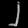
Digit: ၂